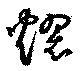
燿